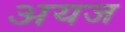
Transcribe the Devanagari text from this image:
अयज